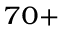
^ { 7 0 + }